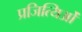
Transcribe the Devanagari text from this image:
प्रजित्यिओं